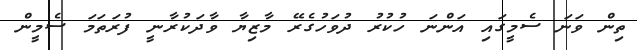
ތިން ވަނަ ސެމީގައި އަންނަ ހުކުރު ދުވަހުގެރޭ މާޒިޔާ ވާދަކުރާނީ ފުރަތަމަ ސެމީން